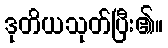
ဒုတိယသုတ်ပြီး၏။